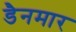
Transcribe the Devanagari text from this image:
डैनमार